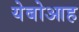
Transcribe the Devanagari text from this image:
येबोआह